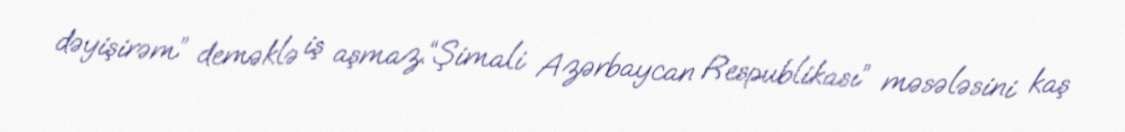
dəyişirəm” deməklə iş aşmaz.“Şimali Azərbaycan Respublikası” məsələsini kaş